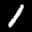
Label: 1